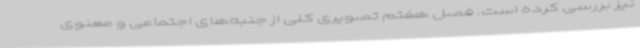
نیز بررسی کرده است. فصل هفتم تصویری کلی از جنبه‌های اجتماعی و معنوی